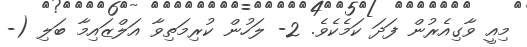
މިއީ ވާގިއެރުން ފަދަ ކަމެކެވެ. 2- ލަހުން ކުރިމަތިވާ އަލްޒައިމާ ބަލި (-